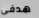
هدفي